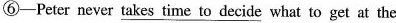
⑥—Peter never \underline{ takes time to decide } what to get at the